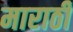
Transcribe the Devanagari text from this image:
माराठी